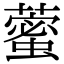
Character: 藌